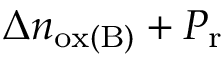
\Delta n _ { \mathrm { o x ( B ) } } + P _ { \mathrm { r } }